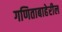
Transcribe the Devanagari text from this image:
गणिताबाहेरील